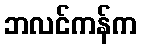
ဘလင်ကန်က